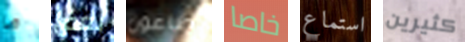
ما بعض طاعون خاصا استماع كثيرين